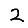
Digit: 2